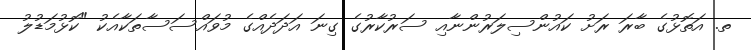
ތ. އަތޮޅުގެ ބާރަ ރަށު ކައުންސިލަރުންނާއި ސަރުކާރުގެ ގިނަ އަދަދެއްގެ މުވައްސަސާތަކާއެކު "ކޮޅުމަޑުލު